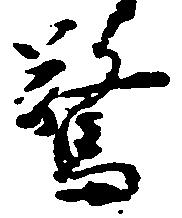
驚